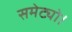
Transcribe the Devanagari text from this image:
समेट्यो।